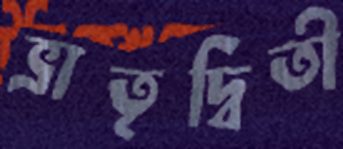
ভ্রাতৃদ্বিতী